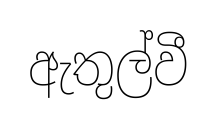
ඇතුල්වී